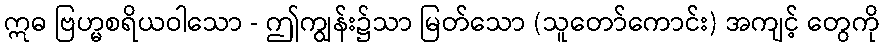
ဣဓ ဗြဟ္မစရိယဝါသော - ဤကျွန်း၌သာ မြတ်သော (သူတော်ကောင်း) အကျင့် တွေကို